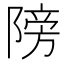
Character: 䧛